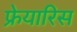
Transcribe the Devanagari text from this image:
फ्रेयारिस